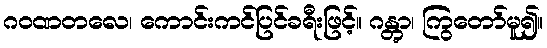
ဂဝဏတလေ၊ ကောင်းကင်ပြင်ခရီးဖြင့်။ ဂန္တွာ၊ ကြွတော်မူ၍။